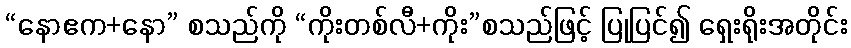
“နောဧက+နော” စသည်ကို “ကိုးတစ်လီ+ကိုး”စသည်ဖြင့် ပြုပြင်၍ ရှေးရိုးအတိုင်း